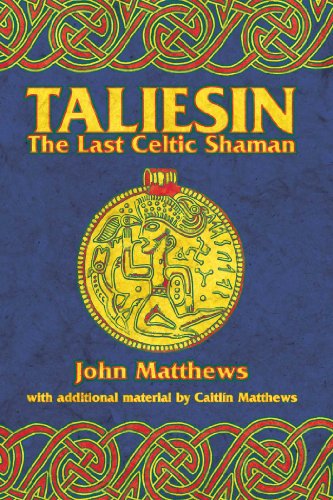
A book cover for Taliesin: The Last Celtic Shaman; John Matthews; Religion & Spirituality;